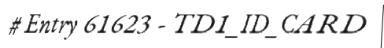
# Entry 61623 - TD1_ID_CARD